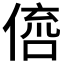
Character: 𠋭